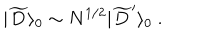
| { \widetilde D } \rangle _ { 0 } \sim N ^ { 1 / 2 } | { \widetilde D } ^ { \prime } \rangle _ { 0 } ~ .